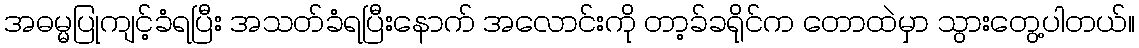
အဓမ္မပြုကျင့်ခံရပြီး အသတ်ခံရပြီးနောက် အလောင်းကို တာ့ခ်ခရိုင်က တောထဲမှာ သွားတွေ့ပါတယ်။